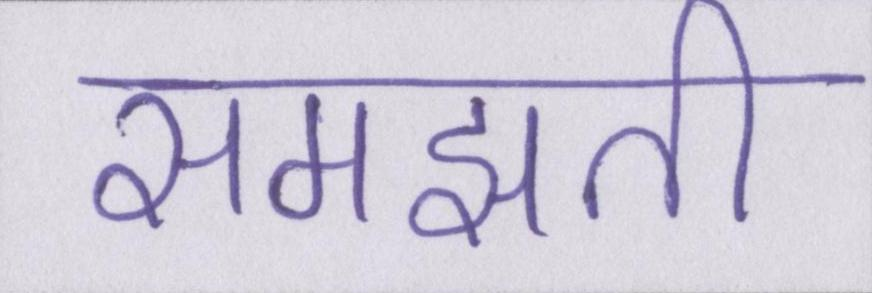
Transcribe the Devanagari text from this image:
समझती